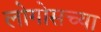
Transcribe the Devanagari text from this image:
लोगोसच्या